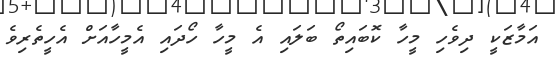
އަމާޒަކީ ދިވެހި މީހާ ކޮބައިތޯ ބަލައި އެ މީހާ ހޯދައި އެމީހާއަށް އެހީތެރިވެ